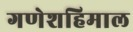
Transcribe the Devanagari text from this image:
गणेशहिमाल